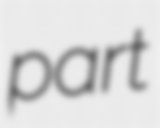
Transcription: part